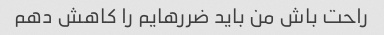
راحت باش من باید ضررهایم را کاهش دهم